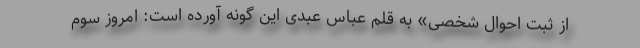
از ثبت احوال شخصی» به قلم عباس عبدی این گونه آورده است: امروز سوم